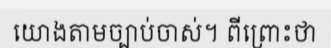
យោងតាមច្បាប់ចាស់។ ពីព្រោះថា